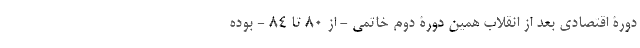
دورۀ اقتصادی بعد از انقلاب همین دورۀ دوم خاتمی - از 80 تا 84 - بوده